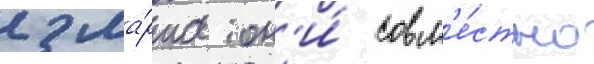
2 ма́рта он'и́ совм'е́стно